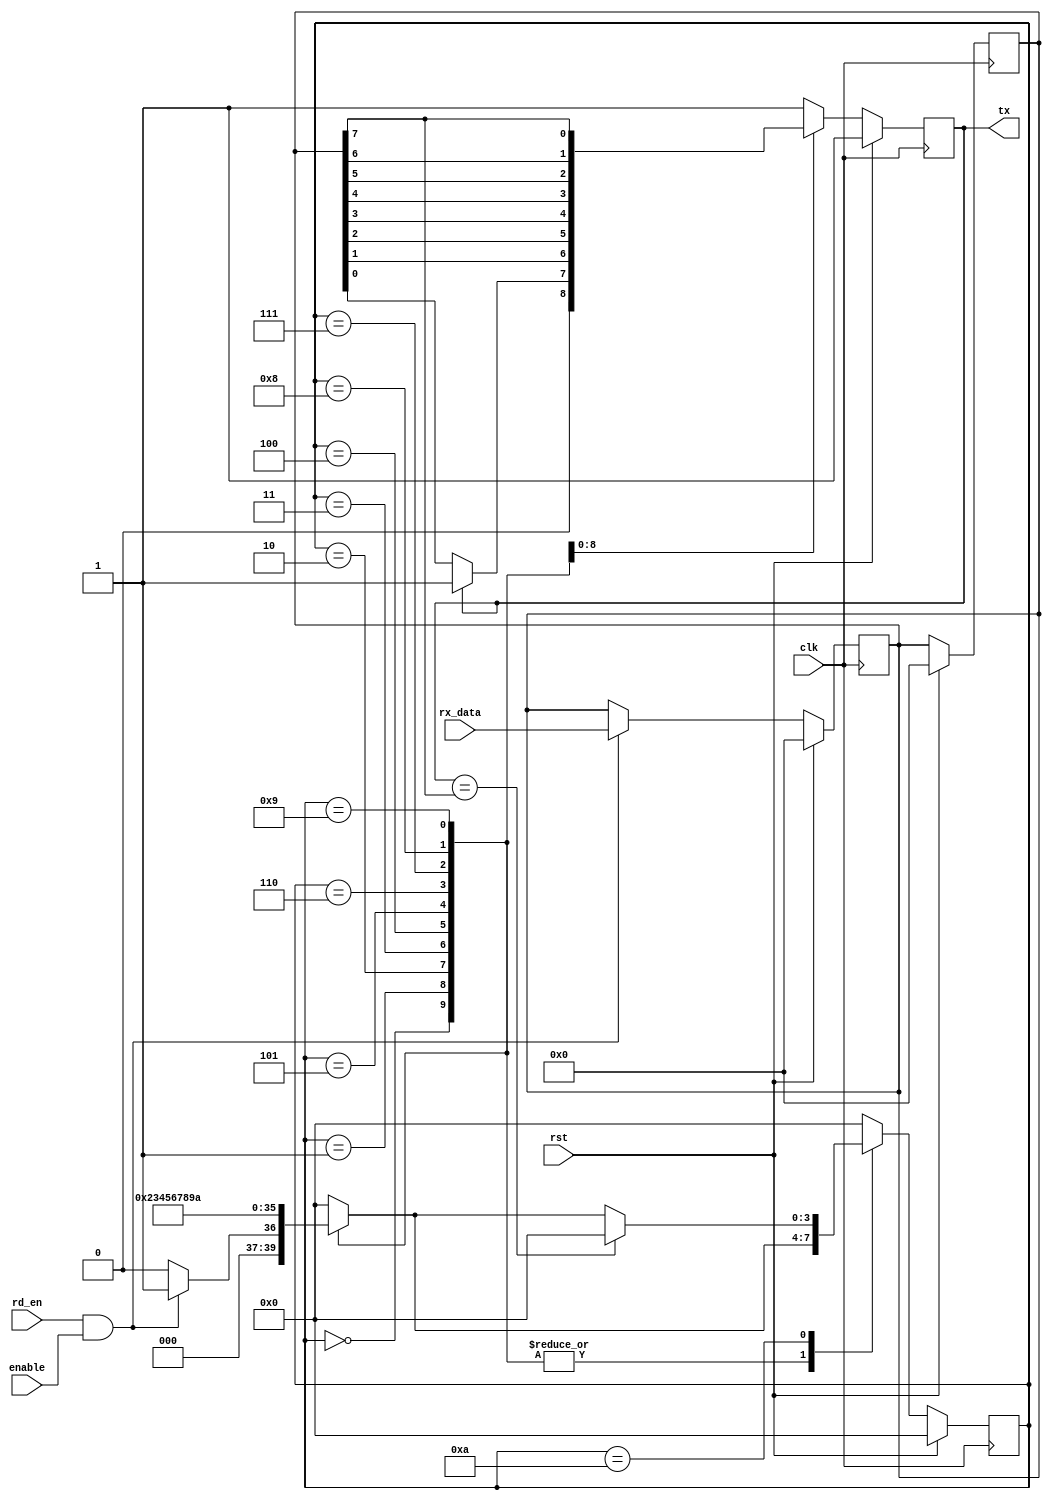
module late_1(clk,rst,rd_en,enable,tx,rx_data);
	
	input	[7:0]rx_data;
	input	clk,rst,rd_en,enable;
	output	tx;
	reg 	tx;
	reg		[3:0]state;
	reg		[3:0]next_state;
	reg		[7:0]tx_reg;
	
	//wire	[7:0]tx_reg;
	wire    clk,rst,rd_en,enable;
	
	parameter	IDLE   = 4'b0000,
				START  = 4'b0001,
				DATA_0 = 4'b0010,
				DATA_1 = 4'b0011,
				DATA_2 = 4'b0100,
				DATA_3 = 4'b0101,
				DATA_4 = 4'b0110,
				DATA_5 = 4'b0111,
				DATA_6 = 4'b1000,
				DATA_7 = 4'b1001,
				STOP   = 4'b1010;	

	//assign tx_reg = rx_data;
	//assign tx_reg = (next_state[STOP]) ? 1'd0:tx_reg;	
	//assign tx_reg = (next_state[STOP]) ? 1'd0:rx_data;		
	
	always@(posedge clk)
		begin:TX_REGISTER
			if(rst == 1'b1)
				tx_reg <= 0;
			else if(rd_en ==1 && enable == 1) 
			tx_reg <= rx_data;
		end
			
	
	always@(state or rd_en or enable)
		begin:COMB_LOGIC
		next_state = 4'b0000;
		
				case(state)
				
				 IDLE  : if(rd_en == 1'b1 && enable == 1'b1)
						
							begin
							next_state = START;
							end
						else begin
						next_state = IDLE;
						end
				 START :  //if(rd_en == 1'b1 && enable == 1'b1)
						begin
						//tx_reg<= 8'd0;
						next_state = DATA_0;
						end
				 DATA_0:  //if(tx == 1'b0)    if(rd_en == 1'b1 && enable == 1'b1)
						begin
						//tx_reg<= 0;
						next_state = DATA_1;
						end
				 DATA_1:// if(tx_reg)
						begin
						//tx_reg<= 0;
						next_state = DATA_2;
						end
				 DATA_2:// if(tx_reg)
						begin
						//tx_reg<= 0;
						next_state = DATA_3;
						end
				 DATA_3:// if(tx_reg)
						begin
						//tx_reg<= 0;
						next_state = DATA_4;
						end
				 DATA_4: //if(tx_reg)
						begin
						//tx_reg<= 0;
						next_state = DATA_5;
						end
				 DATA_5: //if(tx_reg)
						begin
						//tx_reg<= 0;
						next_state = DATA_6;
						end
				 DATA_6: //if(tx_reg)
						begin
						//tx_reg<= 0;
						next_state = DATA_7;
						end
				 DATA_7: //if(tx_reg)
						begin
						//tx_reg<= 0;
						next_state = STOP;
						end
				 STOP  : //if(tx_reg)
						begin
						//tx_reg<= 0;
						next_state = IDLE;
						end
				 default:begin
						next_state = IDLE;
					    end
				endcase
		end
			
	always@(posedge clk)
		begin:SEQ_LOGIC
		tx <= 1'b1;
			if(rst == 1'b1)
				begin
					tx     <= 1'b1;
					state  <= IDLE;
					tx_reg <= 1'd0;
				end
			else
			  begin
				state <= next_state;
				case(state)
				
				 IDLE  :
						begin
						tx    <= 1'b1;
						end
						
				 START : //if(rd_en == 1'b1 && enable == 1'b1)
						begin
						//tx_reg<= 8'd0;
						tx    <= 1'b0;
						end
				 
				 DATA_0: if(tx == 1'b0)
						begin
						//tx_reg<= 0;
						tx    <= tx_reg[0];
						end
						
				 DATA_1:begin
						//tx_reg<= 0;
						tx    <= tx_reg[1];
						end
						
				 DATA_2:begin
						//tx_reg<= 0;
						tx    <= tx_reg[2];
						end
						
				 DATA_3:begin
						//tx_reg<= 0;
						tx    <= tx_reg[3];
						end
						
				 DATA_4:begin
						//tx_reg<= 0;
						tx    <= tx_reg[4];
						end
						
				 DATA_5:begin
						//tx_reg<= 0;
						tx    <= tx_reg[5];
						end
						
				 DATA_6:begin
						//tx_reg<= 0;
						tx    <= tx_reg[6];
						end
						
				 DATA_7:begin
						//tx_reg<= 0;
						tx    <= tx_reg[7];
						end
						
				 STOP  :if(tx == tx_reg[7])
						begin
						state <= IDLE;
						tx    <= 1'b1;
						end
						
				 default:begin
						state <= IDLE;
					    end
				endcase
			end
		end
endmodule